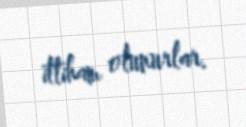
ittiham olunurlar.